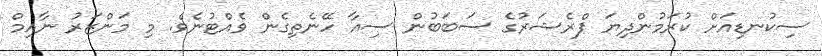
ސިކުނޑިއަށް ކުރަމުންދިޔަ ޕްރެޝަރުގެ ސަބަބުން ސިއާ ހޭނެތިގެން ވެއްޓުނެވެ. މި މަންޒަރު ނާއިމް